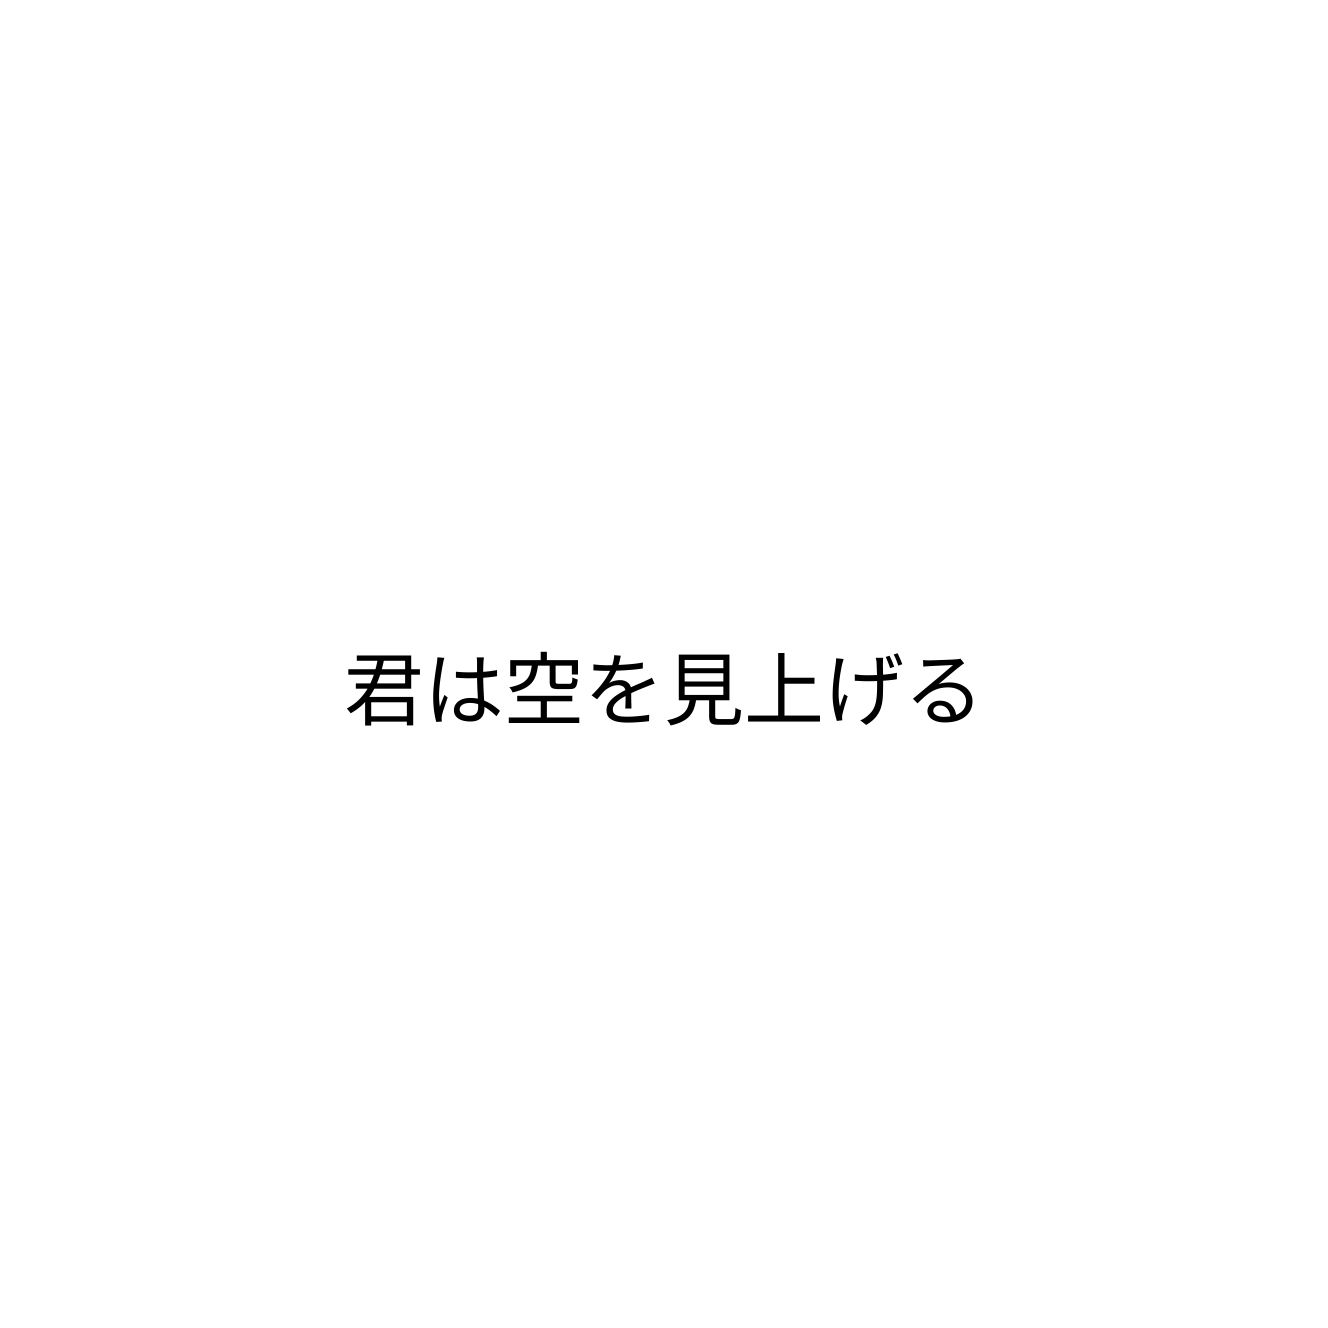
君は空を見上げる